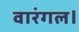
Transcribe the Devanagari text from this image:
वारंगल।